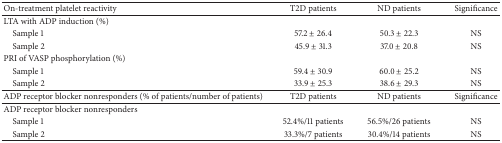
<table><thead><tr><td><b>On-treatment platelet reactivity</b></td><td><b>T2D patients</b></td><td><b>ND patients</b></td><td><b>Significance</b></td></tr></thead><tbody><tr><td>LTA with ADP induction (%)</td><td> </td><td> </td><td> </td></tr><tr><td> Sample 1</td><td>57.2 ± 26.4</td><td>50.3 ± 22.3</td><td>NS</td></tr><tr><td> Sample 2</td><td>45.9 ± 31.3</td><td>37.0 ± 20.8</td><td>NS</td></tr><tr><td>PRI of VASP phosphorylation (%)</td><td> </td><td> </td><td> </td></tr><tr><td> Sample 1</td><td>59.4 ± 30.9</td><td>60.0 ± 25.2</td><td>NS</td></tr><tr><td> Sample 2</td><td>33.9 ± 25.3</td><td>38.6 ± 29.3</td><td>NS</td></tr><tr><td>ADP receptor blocker nonresponders (% of patients/number of patients)</td><td>T2D patients</td><td>ND patients</td><td>Significance</td></tr><tr><td>ADP receptor blocker nonresponders</td><td> </td><td> </td><td> </td></tr><tr><td> Sample 1</td><td>52.4%/11 patients</td><td>56.5%/26 patients</td><td>NS</td></tr><tr><td> Sample 2</td><td>33.3%/7 patients</td><td>30.4%/14 patients</td><td>NS</td></tr></tbody></table>